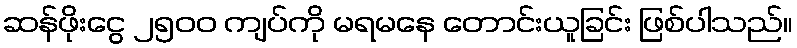
ဆန်ဖိုးငွေ ၂၅၀၀ ကျပ်ကို မရမနေ တောင်းယူခြင်း ဖြစ်ပါသည်။